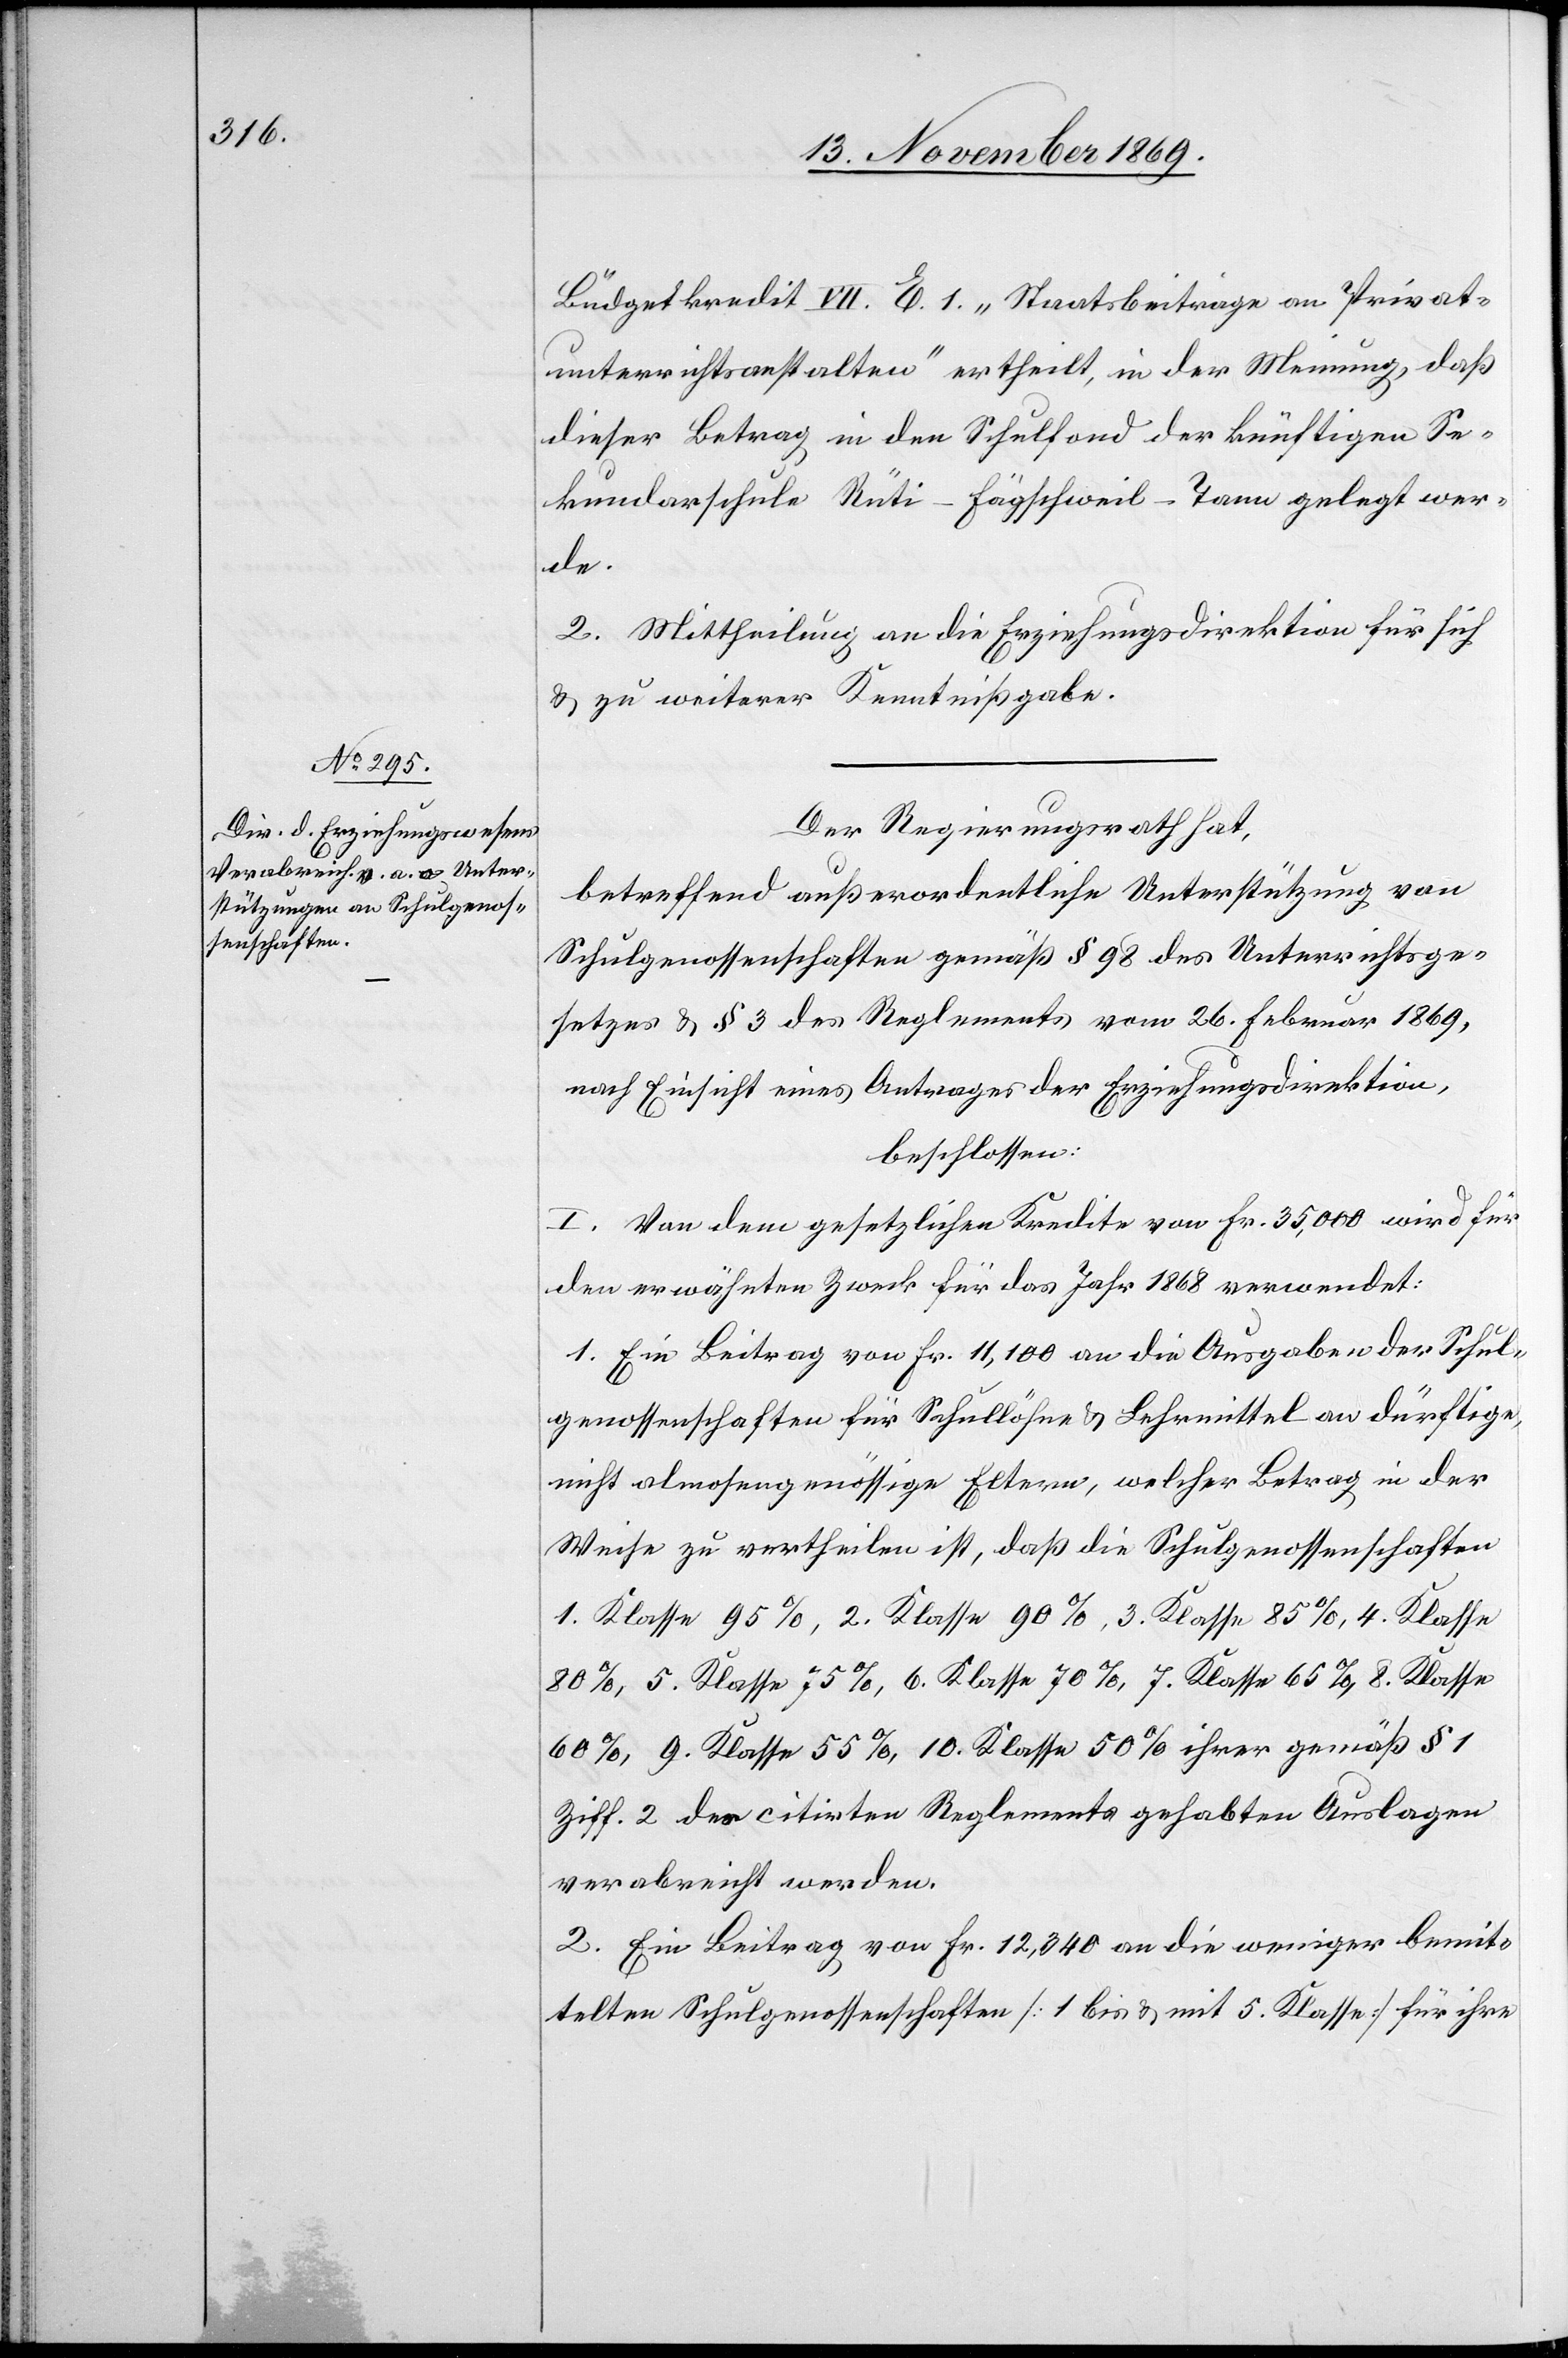
ossenschaften

Büdgetkredit VII. E. 1. „Staatsbeiträge an Privat¬
unterrichtsanstalten“ ertheilt, in der Meinung, daß
dieser Betrag in den Schulfond der künftigen Se¬
kundarschule Rüti-Fägschweil-Tann gelegt wer¬
de.
2. Mittheilung an die Erziehungsdirektion für sich
& zu weiterer Kenntnißgabe.
Der Regierungsrath hat,
betreffend außerordentliche Unterstützung von
Schulgenossenschaften gemäß § 98 des Unterrichtsge¬
setzes & § 3 des Reglements vom 26. Februar 1869,
nach Einsicht eines Antrages der Erziehungsdirektion,
beschlossen:
I. Von dem gesetzlichen Kredite von Fr. 35,000 wird für
den erwähnten Zweck für das Jahr 1868 verwendet:
1. Ein Beitrag von Fr. 11,100 an die Ausgaben der Schul¬
genossenschaften für Schullöhne & Lehrmittel an dürftige,
nicht almosengenössige Eltern, welcher Betrag in der
Weise zu vertheilen ist, daß die [recte: den] Schulgen¬
1. Klasse 95%, 2. Klasse 90%, 3. Klasse 85%, 4. Klasse
80%, 5. Klasse 75%, 6. Klasse 70%, 7. Klasse 65%, 8. Klasse
60%, 9. Klasse 55%, 10. Klasse 50% ihrer gemäß § 1
Ziff. 2 des citirten Reglements gehabten Auslagen
verabreicht werden.
2. Ein Beitrag von Fr. 12,340 an die weniger bemit¬
telten Schulgenossenschaften [1 bis & mit 5. Klasse] für ihre